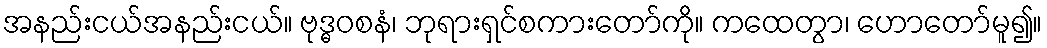
အနည်းငယ်အနည်းငယ်။ ဗုဒ္ဓဝစနံ၊ ဘုရားရှင်စကားတော်ကို။ ကထေတွာ၊ ဟောတော်မူ၍။